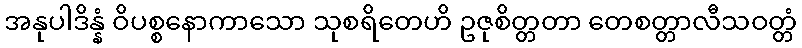
အနုပါဒိန္နံ ဝိပစ္စနောကာသော သုစရိတေဟိ ဥဇုစိတ္တတာ တေစတ္တာလီသဝတ္တံ